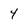
Character: 4